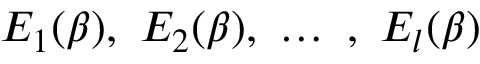
E _ { 1 } ( \beta ) , \ E _ { 2 } ( \beta ) , \ \dots \ , \ E _ { l } ( \beta )